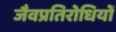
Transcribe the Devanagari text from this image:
जैवप्रतिरोधियों